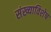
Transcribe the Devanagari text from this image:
संख्याविशेष